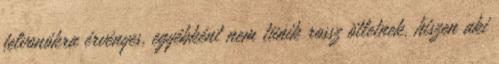
felvonókra érvényes, egyébként nem tünik rossz ötletnek, hiszen aki